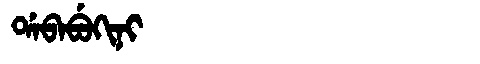
Manchu: ᡩᠠᠪᠠᠪᡠᡴᡳᠨᡳ
Romanization: DABABUKINI